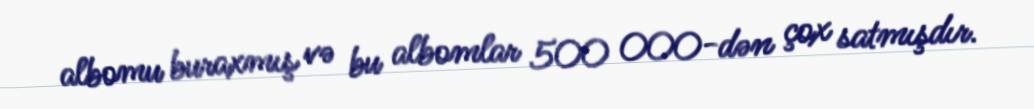
albomu buraxmış və bu albomlar 500 000-dən çox satmışdır.